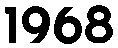
1968